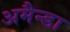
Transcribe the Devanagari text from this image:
अमैन्डा